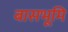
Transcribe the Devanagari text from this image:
बासभूमि